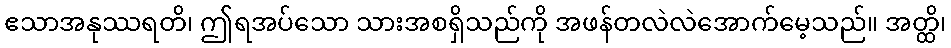
ဧသာအနုဿရတိ၊ ဤရအပ်သော သားအစရှိသည်ကို အဖန်တလဲလဲအောက်မေ့သည်။ အတ္ထိ၊